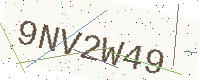
Text: 9NV2W49